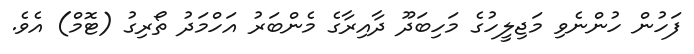
ފަހުން ހުންނެވި މަޖިލީހުގެ މަހިބަދޫ ދާއިރާގެ މެންބަރު އަހްމަދު ތޯރިގު (ޓޮމް) އެވެ.